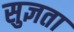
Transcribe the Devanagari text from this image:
सुज्ञता